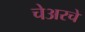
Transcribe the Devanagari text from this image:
चेअरचे